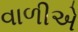
વાળીએ